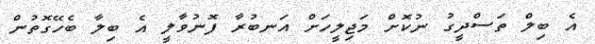
އެ ބިލް ތަސްދީގު ނުކޮށް މަޖިލީހަށް އަނބުރާ ފޮނުވާލީ އެ ބިލާ ބެހޭގޮތުން